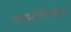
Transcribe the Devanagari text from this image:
पाइरोगैलोल